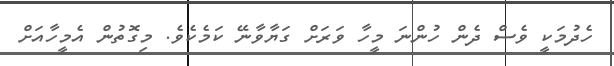
ހެދުމަކީ ވެސް ދެން ހުންނަ މީހާ ވަރަށް ގަޔާވާނޭ ކަމެކެވެ. މިގޮތުން އެމީހާއަށް